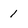
Character: 1